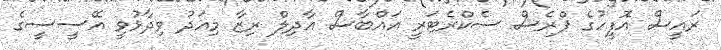
ރައީސް އޮފީހުގެ ޕްރެސް ސެކްރެޓަރީ އައްބާސް އާދިލް ރިޒާ މިއަދު ވިދާޅުވީ އޭސީސީގެ